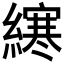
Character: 𫟂